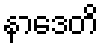
နာဒေတိ